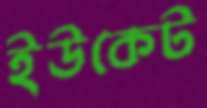
ইউকেট